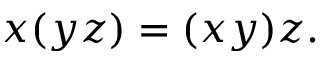
x ( y z ) = ( x y ) z .